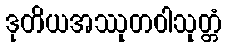
ဒုတိယအဿုတဝါသုတ္တံ